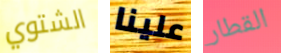
الشتوي علينا القطار